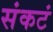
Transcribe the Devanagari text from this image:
संकटं